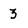
Character: 3